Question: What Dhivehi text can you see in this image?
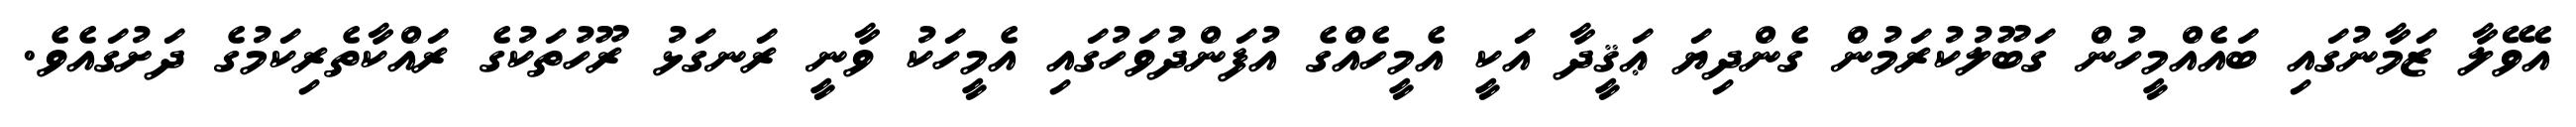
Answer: އެވޭލާ ޒަމާނުގައި ބައެއްމީހުން ގަބޫލުކުރަމުން ގެންދިޔަ ޢަޤީދާ އަކީ އެމީހެއްގެ އުފަންދުވަހުގައި އެމީހަކު ވާނީ ރަނގަޅު ރޫހުތަކުގެ ރައްކާތެރިކަމުގެ ދަށުގައެވެ.